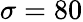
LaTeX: \sigma=80